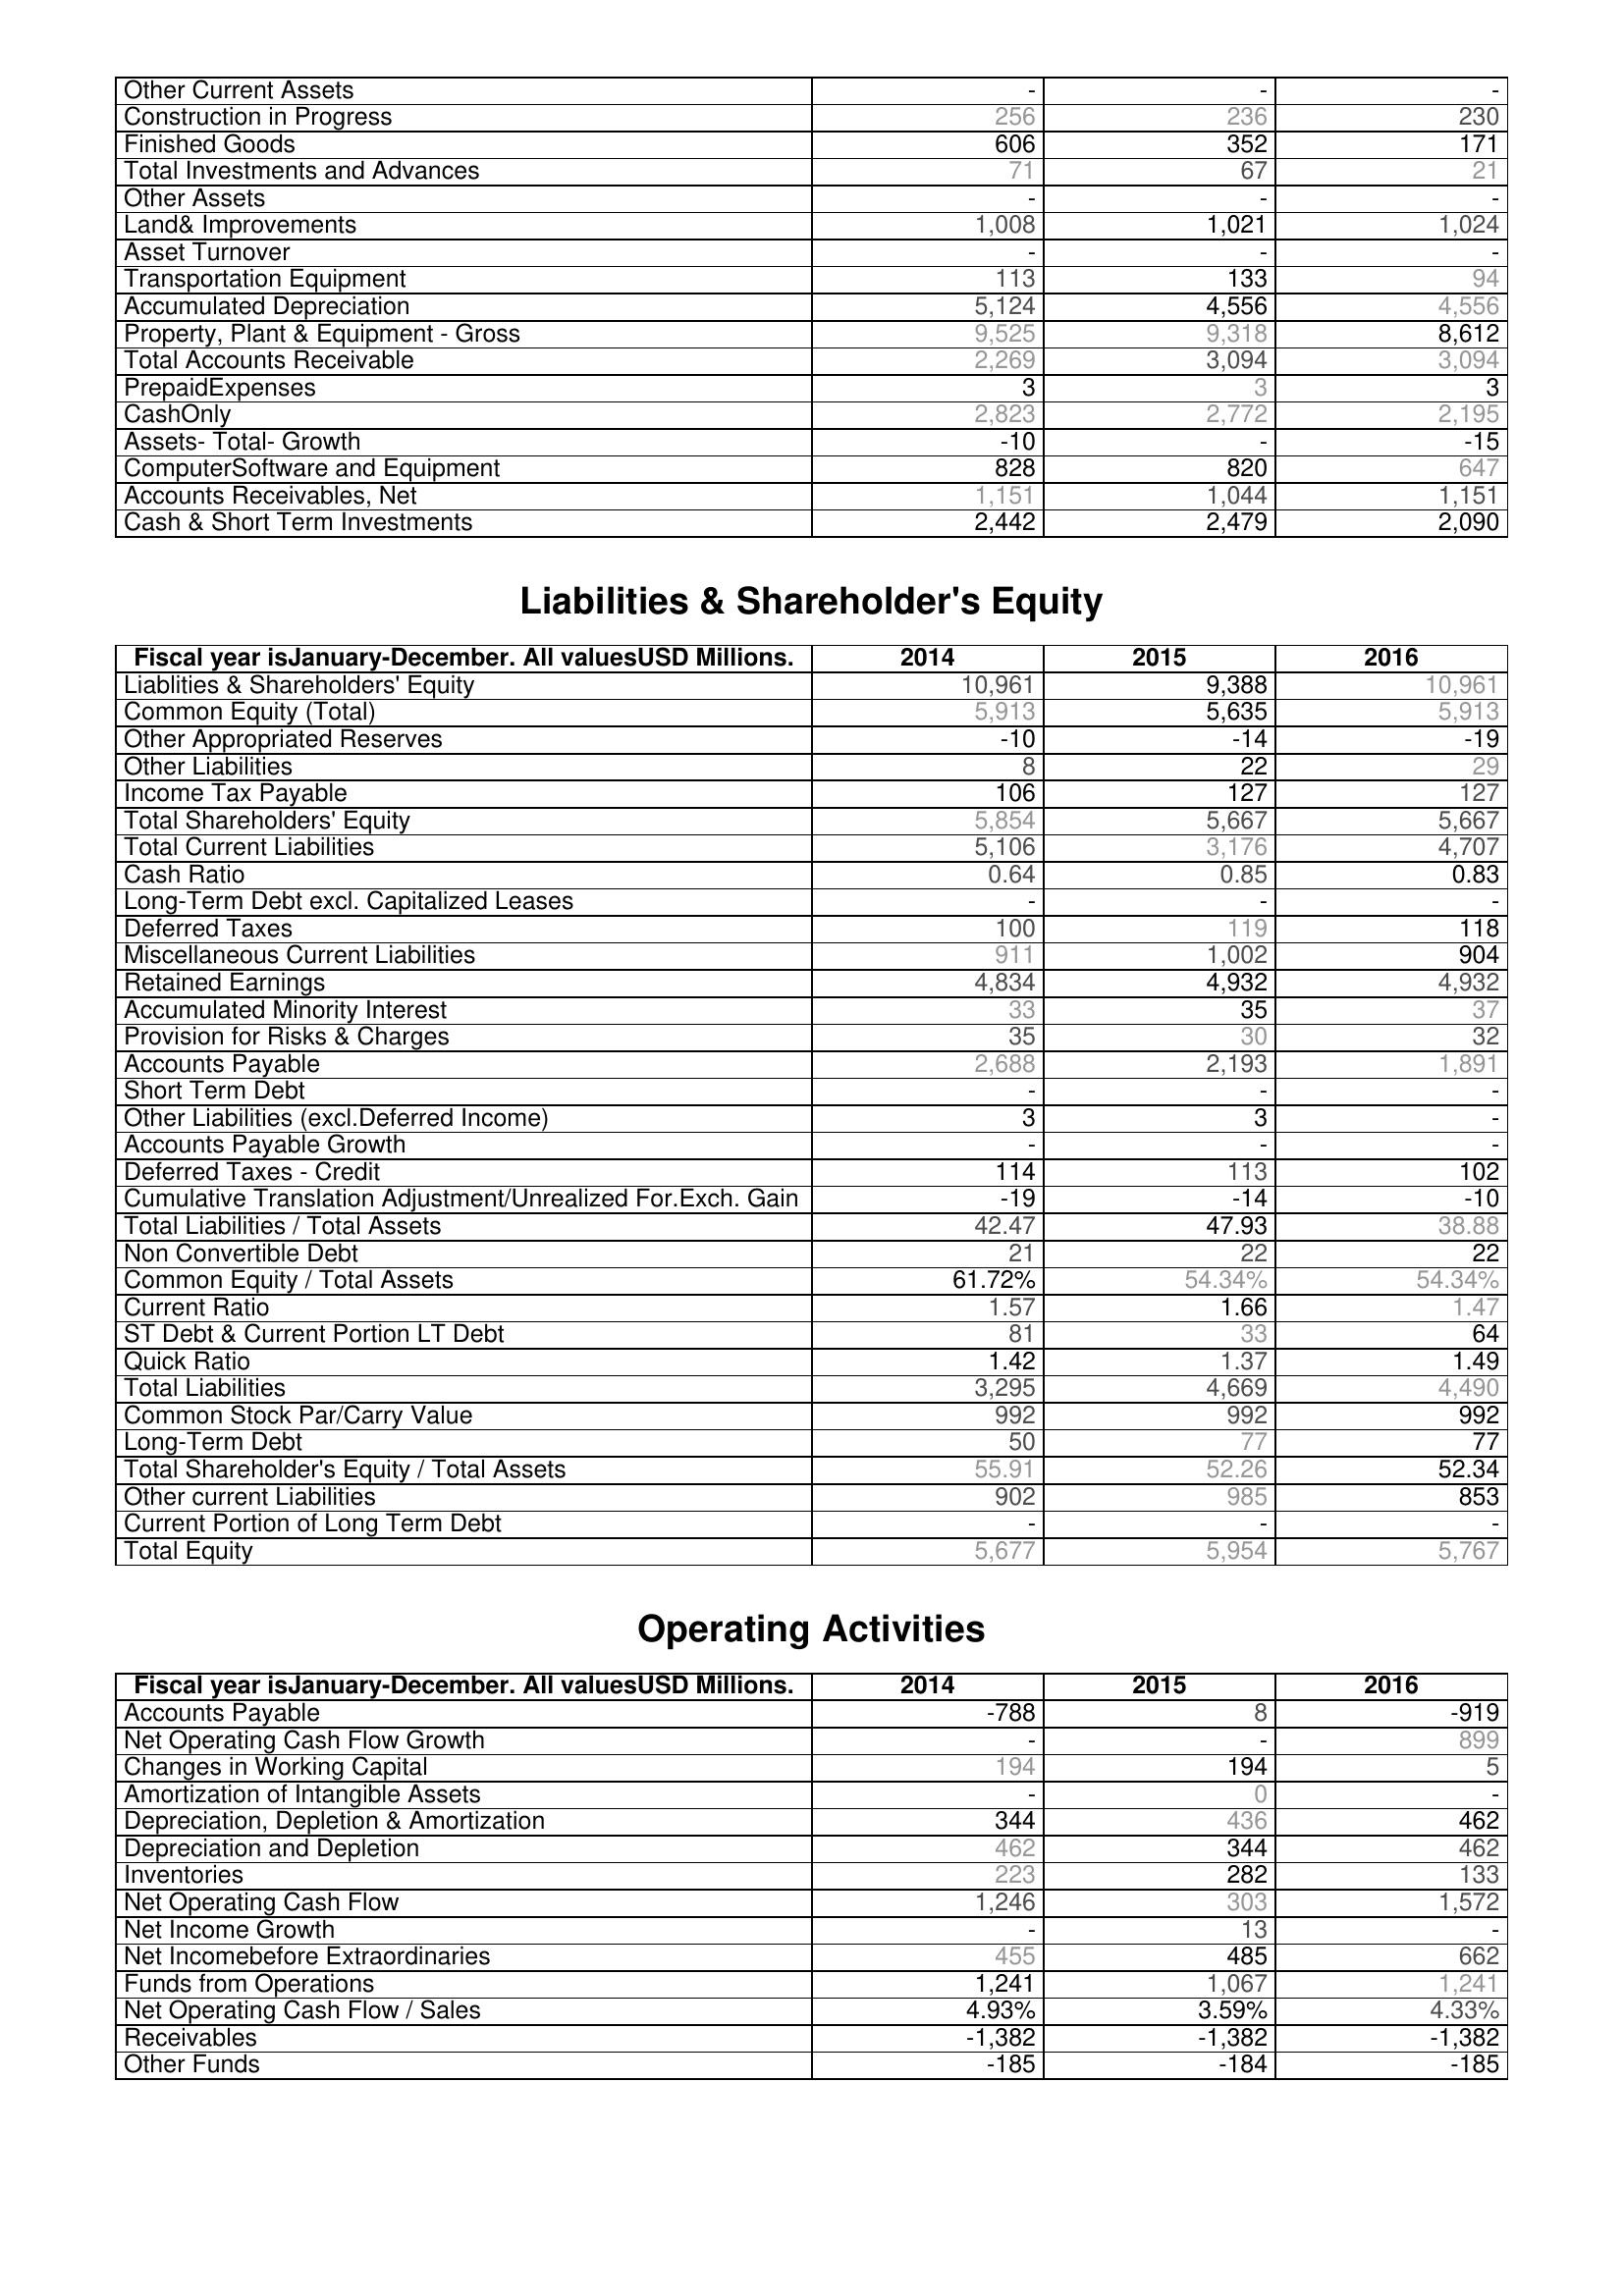
2014: Assets: Other Current Assets: -
Construction in Progress: 256
Finished Goods: 606
Total Investments and Advances: 71
Other Assets: -
Land& Improvements: 1,008
Asset Turnover: -
Transportation Equipment: 113
Accumulated Depreciation: 5,124
Property, Plant & Equipment - Gross : 9,525
Total Accounts Receivable: 2,269
PrepaidExpenses: 3
CashOnly: 2,823
Assets- Total- Growth: -10
ComputerSoftware and Equipment: 828
Accounts Receivables, Net: 1,151
Cash & Short Term Investments: 2,442
Liabilities & Shareholder's Equity: Liablities & Shareholders' Equity: 10,961
Common Equity (Total): 5,913
Other Appropriated Reserves: -10
Other Liabilities: 8
Income Tax Payable: 106
Total Shareholders' Equity: 5,854
Total Current Liabilities: 5,106
Cash Ratio: 0.64
Long-Term Debt excl. Capitalized Leases: -
Deferred Taxes: 100
Miscellaneous Current Liabilities: 911
Retained Earnings: 4,834
Accumulated Minority Interest: 33
Provision for Risks & Charges: 35
Accounts Payable: 2,688
Short Term Debt: -
Other Liabilities (excl.Deferred Income): 3
Accounts Payable Growth: -
Deferred Taxes - Credit: 114
Cumulative Translation Adjustment/Unrealized For.Exch. Gain: -19
Total Liabilities / Total Assets: 42.47
Non Convertible Debt: 21
Common Equity / Total Assets: 61.72%
Current Ratio: 1.57
ST Debt & Current Portion LT Debt: 81
Quick Ratio: 1.42
Total Liabilities: 3,295
Common Stock Par/Carry Value: 992
Long-Term Debt: 50
Total Shareholder's Equity / Total Assets: 55.91
Other current Liabilities: 902
Current Portion of Long Term Debt: -
Total Equity: 5,677
Operating Activities: Accounts Payable: -788
Net Operating Cash Flow Growth: -
Changes in Working Capital: 194
Amortization of Intangible Assets: -
Depreciation, Depletion & Amortization: 344
Depreciation and Depletion: 462
Inventories: 223
Net Operating Cash Flow: 1,246
Net Income Growth: -
Net Incomebefore Extraordinaries: 455
Funds from Operations: 1,241
Net Operating Cash Flow / Sales: 4.93%
Receivables: -1,382
Other Funds: -185
2015: Assets: Other Current Assets: -
Construction in Progress: 236
Finished Goods: 352
Total Investments and Advances: 67
Other Assets: -
Land& Improvements: 1,021
Asset Turnover: -
Transportation Equipment: 133
Accumulated Depreciation: 4,556
Property, Plant & Equipment - Gross : 9,318
Total Accounts Receivable: 3,094
PrepaidExpenses: 3
CashOnly: 2,772
Assets- Total- Growth: -
ComputerSoftware and Equipment: 820
Accounts Receivables, Net: 1,044
Cash & Short Term Investments: 2,479
Liabilities & Shareholder's Equity: Liablities & Shareholders' Equity: 9,388
Common Equity (Total): 5,635
Other Appropriated Reserves: -14
Other Liabilities: 22
Income Tax Payable: 127
Total Shareholders' Equity: 5,667
Total Current Liabilities: 3,176
Cash Ratio: 0.85
Long-Term Debt excl. Capitalized Leases: -
Deferred Taxes: 119
Miscellaneous Current Liabilities: 1,002
Retained Earnings: 4,932
Accumulated Minority Interest: 35
Provision for Risks & Charges: 30
Accounts Payable: 2,193
Short Term Debt: -
Other Liabilities (excl.Deferred Income): 3
Accounts Payable Growth: -
Deferred Taxes - Credit: 113
Cumulative Translation Adjustment/Unrealized For.Exch. Gain: -14
Total Liabilities / Total Assets: 47.93
Non Convertible Debt: 22
Common Equity / Total Assets: 54.34%
Current Ratio: 1.66
ST Debt & Current Portion LT Debt: 33
Quick Ratio: 1.37
Total Liabilities: 4,669
Common Stock Par/Carry Value: 992
Long-Term Debt: 77
Total Shareholder's Equity / Total Assets: 52.26
Other current Liabilities: 985
Current Portion of Long Term Debt: -
Total Equity: 5,954
Operating Activities: Accounts Payable: 8
Net Operating Cash Flow Growth: -
Changes in Working Capital: 194
Amortization of Intangible Assets: 0
Depreciation, Depletion & Amortization: 436
Depreciation and Depletion: 344
Inventories: 282
Net Operating Cash Flow: 303
Net Income Growth: 13
Net Incomebefore Extraordinaries: 485
Funds from Operations: 1,067
Net Operating Cash Flow / Sales: 3.59%
Receivables: -1,382
Other Funds: -184
2016: Assets: Other Current Assets: -
Construction in Progress: 230
Finished Goods: 171
Total Investments and Advances: 21
Other Assets: -
Land& Improvements: 1,024
Asset Turnover: -
Transportation Equipment: 94
Accumulated Depreciation: 4,556
Property, Plant & Equipment - Gross : 8,612
Total Accounts Receivable: 3,094
PrepaidExpenses: 3
CashOnly: 2,195
Assets- Total- Growth: -15
ComputerSoftware and Equipment: 647
Accounts Receivables, Net: 1,151
Cash & Short Term Investments: 2,090
Liabilities & Shareholder's Equity: Liablities & Shareholders' Equity: 10,961
Common Equity (Total): 5,913
Other Appropriated Reserves: -19
Other Liabilities: 29
Income Tax Payable: 127
Total Shareholders' Equity: 5,667
Total Current Liabilities: 4,707
Cash Ratio: 0.83
Long-Term Debt excl. Capitalized Leases: -
Deferred Taxes: 118
Miscellaneous Current Liabilities: 904
Retained Earnings: 4,932
Accumulated Minority Interest: 37
Provision for Risks & Charges: 32
Accounts Payable: 1,891
Short Term Debt: -
Other Liabilities (excl.Deferred Income): -
Accounts Payable Growth: -
Deferred Taxes - Credit: 102
Cumulative Translation Adjustment/Unrealized For.Exch. Gain: -10
Total Liabilities / Total Assets: 38.88
Non Convertible Debt: 22
Common Equity / Total Assets: 54.34%
Current Ratio: 1.47
ST Debt & Current Portion LT Debt: 64
Quick Ratio: 1.49
Total Liabilities: 4,490
Common Stock Par/Carry Value: 992
Long-Term Debt: 77
Total Shareholder's Equity / Total Assets: 52.34
Other current Liabilities: 853
Current Portion of Long Term Debt: -
Total Equity: 5,767
Operating Activities: Accounts Payable: -919
Net Operating Cash Flow Growth: 899
Changes in Working Capital: 5
Amortization of Intangible Assets: -
Depreciation, Depletion & Amortization: 462
Depreciation and Depletion: 462
Inventories: 133
Net Operating Cash Flow: 1,572
Net Income Growth: -
Net Incomebefore Extraordinaries: 662
Funds from Operations: 1,241
Net Operating Cash Flow / Sales: 4.33%
Receivables: -1,382
Other Funds: -185